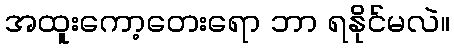
အထူးကော့တေးရော ဘာ ရနိုင်မလဲ။